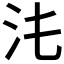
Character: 𣲃